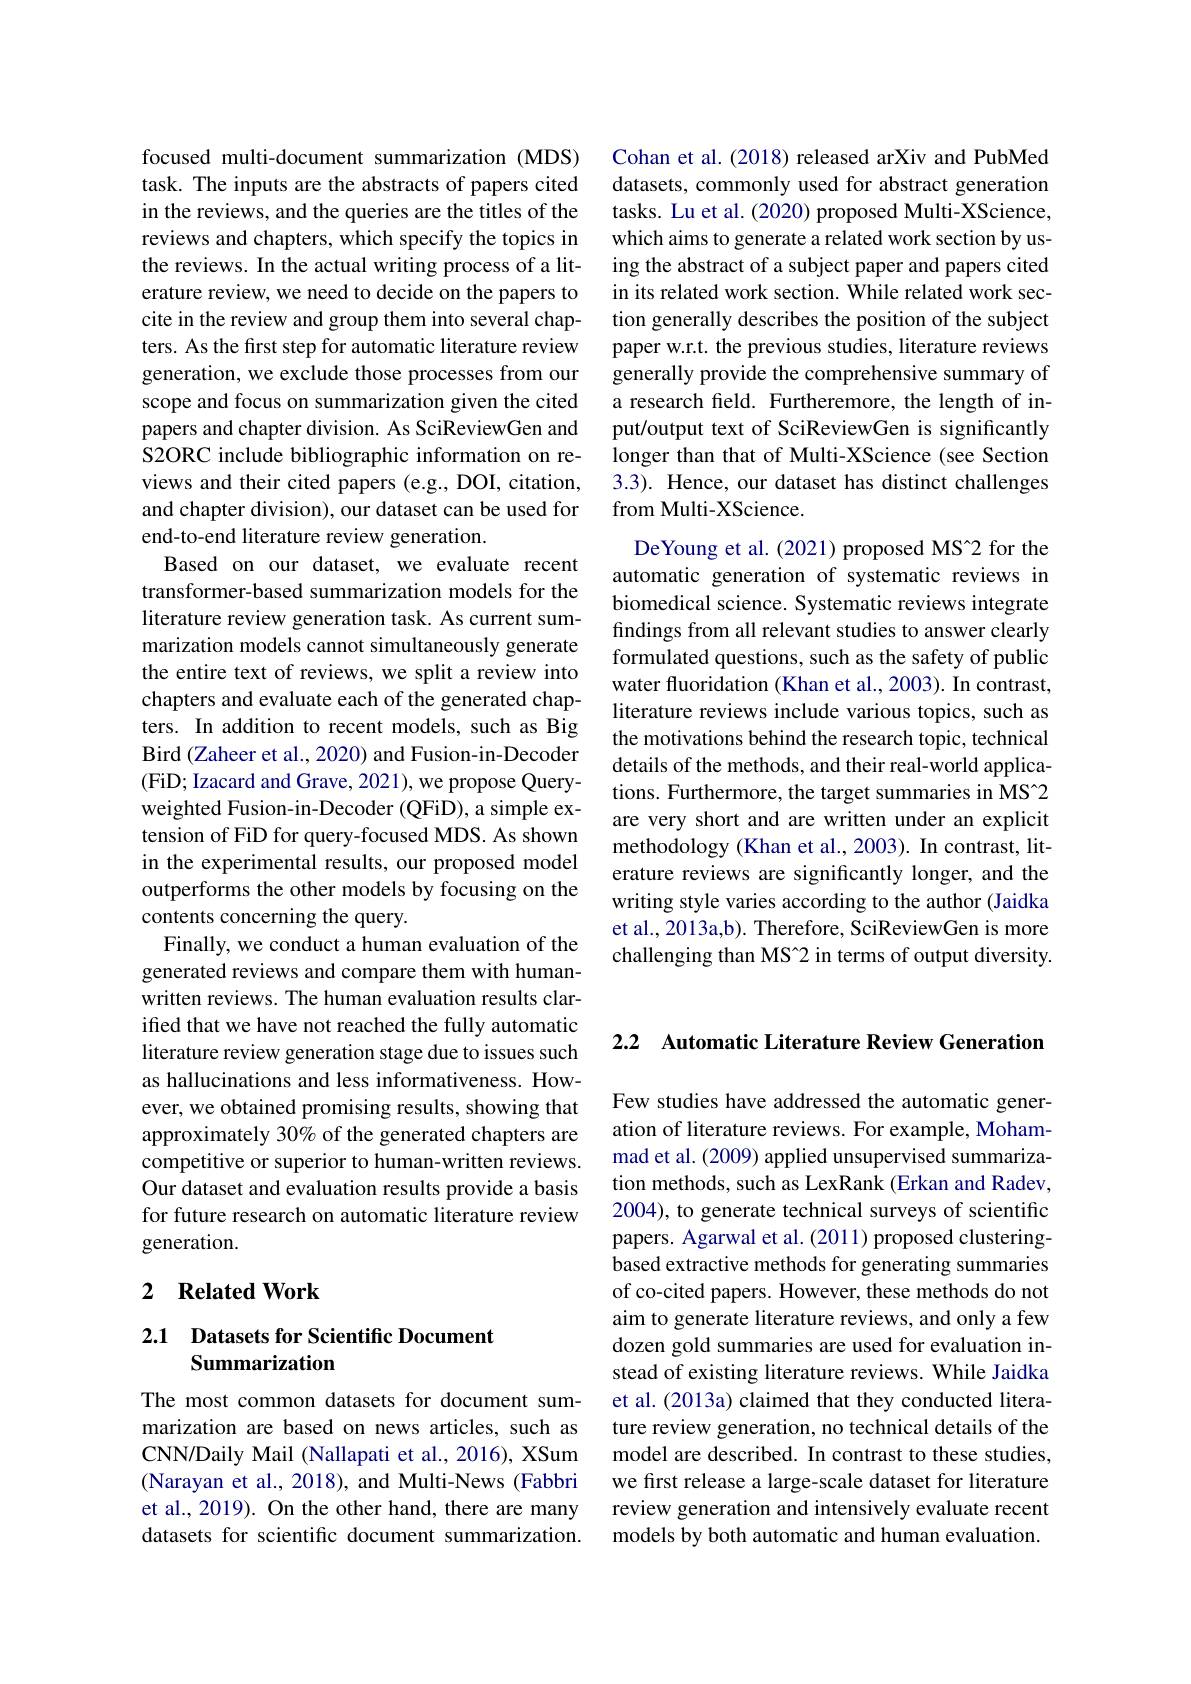
focused multi-document summarization (MDS) task. The inputs are the abstracts of papers cited in the reviews, and the queries are the titles of the reviews and chapters, which specify the topics in the reviews. In the actual writing process of a literature review, we need to decide on the papers to cite in the review and group them into several chapters. As the first step for automatic literature review generation, we exclude those processes from our scope and focus on summarization given the cited papers and chapter division. As SciReviewGen and S2ORC include bibliographic information on reviews and their cited papers (e.g., DOI, citation, and chapter division), our dataset can be used for end-to-end literature review generation.
Based on our dataset, we evaluate recent transformer-based summarization models for the literature review generation task. As current summarization models cannot simultaneously generate the entire text of reviews, we split a review into chapters and evaluate each of the generated chapters. In addition to recent models, such as Big Bird (Zaheer et al., 2020) and Fusion-in-Decoder (FiD; Izacard and Grave, 2021), we propose Queryweighted Fusion-in-Decoder (QFiD), a simple extension of FiD for query-focused MDS. As shown in the experimental results, our proposed model outperforms the other models by focusing on the contents concerning the query.
Finally, we conduct a human evaluation of the generated reviews and compare them with humanwritten reviews. The human evaluation results clarifed that we have not reached the fully automatic literature review generation stage due to issues such as hallucinations and less informativeness. However, we obtained promising results, showing that approximately 30% of the generated chapters are competitive or superior to human-written reviews. Our dataset and evaluation results provide a basis for future research on automatic literature review generation.

## 2 $\textbf{Related Work}$

## 2.1 Datasets for Scientific Document Summarization

The most common datasets for document summarization are based on news articles, such as CNN/Daily Mail (Nallapati et al., 2016), XSum (Narayan et al., 2018), and Multi-News (Fabbri et al., 2019). On the other hand, there are many datasets for scientific document summarization.

Cohan et al. (2018) released arXiv and PubMed datasets, commonly used for abstract generation tasks. Lu et al. (2020) proposed Multi-XScience, which aims to generate a related work section by using the abstract of a subject paper and papers cited in its related work section. While related work section generally describes the position of the subject paper w.r.t. the previous studies, literature reviews generally provide the comprehensive summary of a research feld. Furtheremore, the length of input/output text of SciReviewGen is significantly longer than that of Multi-XScience (see Section 3.3). Hence, our dataset has distinct challenges from Multi-XScience.

DeYoung et al. (2021) proposed MS[INDEX]2 for the automatic generation of systematic reviews in biomedical science. Systematic reviews integrate findings from all relevant studies to answer clearly formulated questions, such as the safety of public water fluoridation (Khan et al., 2003). In contrast, literature reviews include various topics, such as the motivations behind the research topic, technical details of the methods, and their real-world applications. Furthermore, the target summaries in MS[INDEX] are very short and are written under an explicit methodology (Khan et al., 2003). In contrast, literature reviews are significantly longer, and the writing style varies according to the author (Jaidka et al., 2013a,b). Therefore, SciReviewGen is more challenging than MS“2 in terms of output diversity.

2.2 Automatic Literature Review Generation

Few studies have addressed the automatic generation of literature reviews. For example, Mohammad et al. (2009) applied unsupervised summarization methods, such as LexRank (Erkan and Radev, 2004), to generate technical surveys of scientific papers. Agarwal et al. (2011) proposed clusteringbased extractive methods for generating summaries of co-cited papers. However, these methods do not aim to generate literature reviews, and only a few dozen gold summaries are used for evaluation instead of existing literature reviews. While Jaidka et al. (2013a) claimed that they conducted literature review generation, no technical details of the model are described. In contrast to these studies, we first release a large-scale dataset for literature review generation and intensively evaluate recent models by both automatic and human evaluation.